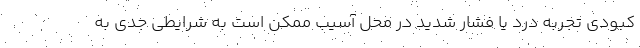
کبودی تجربه درد یا فشار شدید در محل آسیب ممکن است به شرایطی جدی به